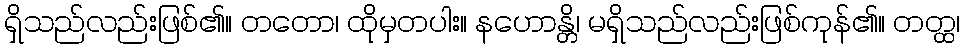
ရှိသည်လည်းဖြစ်၏။ တတော၊ ထိုမှတပါး။ နဟောန္တိ၊ မရှိသည်လည်းဖြစ်ကုန်၏။ တတ္ထ၊